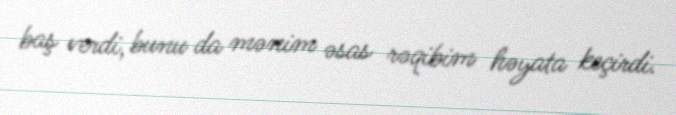
baş verdi, bunu da mənim əsas rəqibim həyata keçirdi.